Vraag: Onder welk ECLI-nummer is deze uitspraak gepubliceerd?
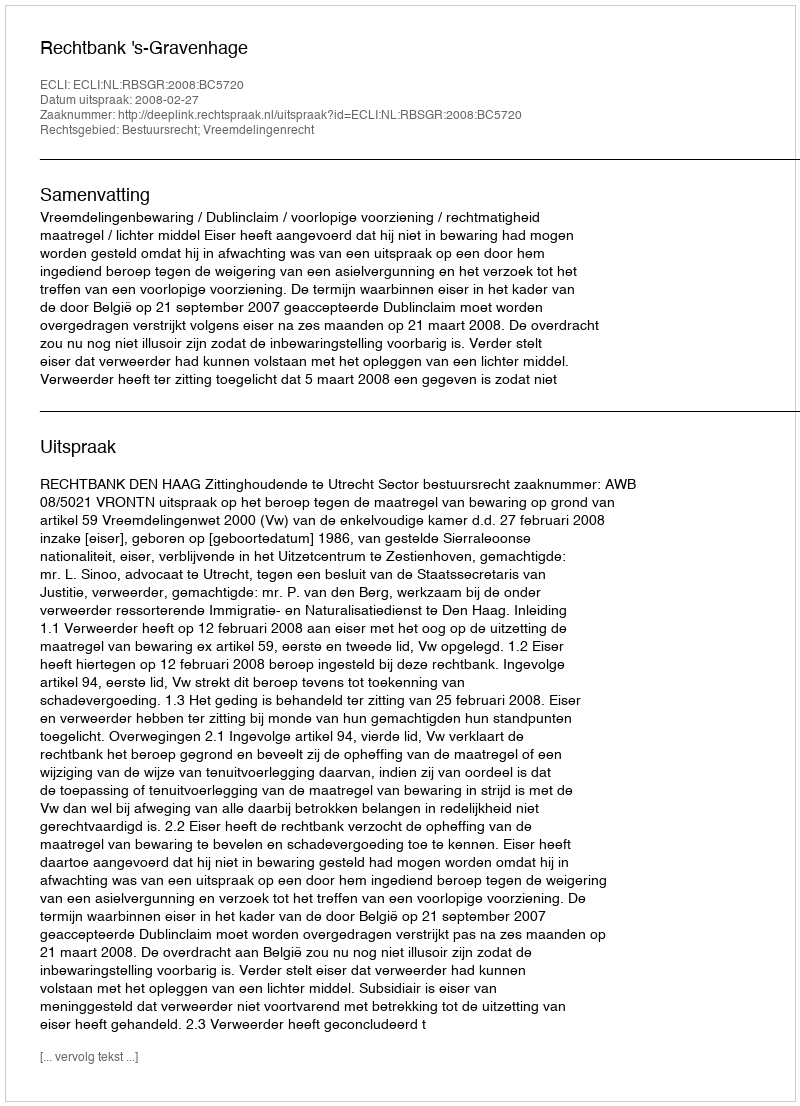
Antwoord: ECLI:NL:RBSGR:2008:BC5720